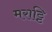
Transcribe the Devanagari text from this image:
मराट्टि